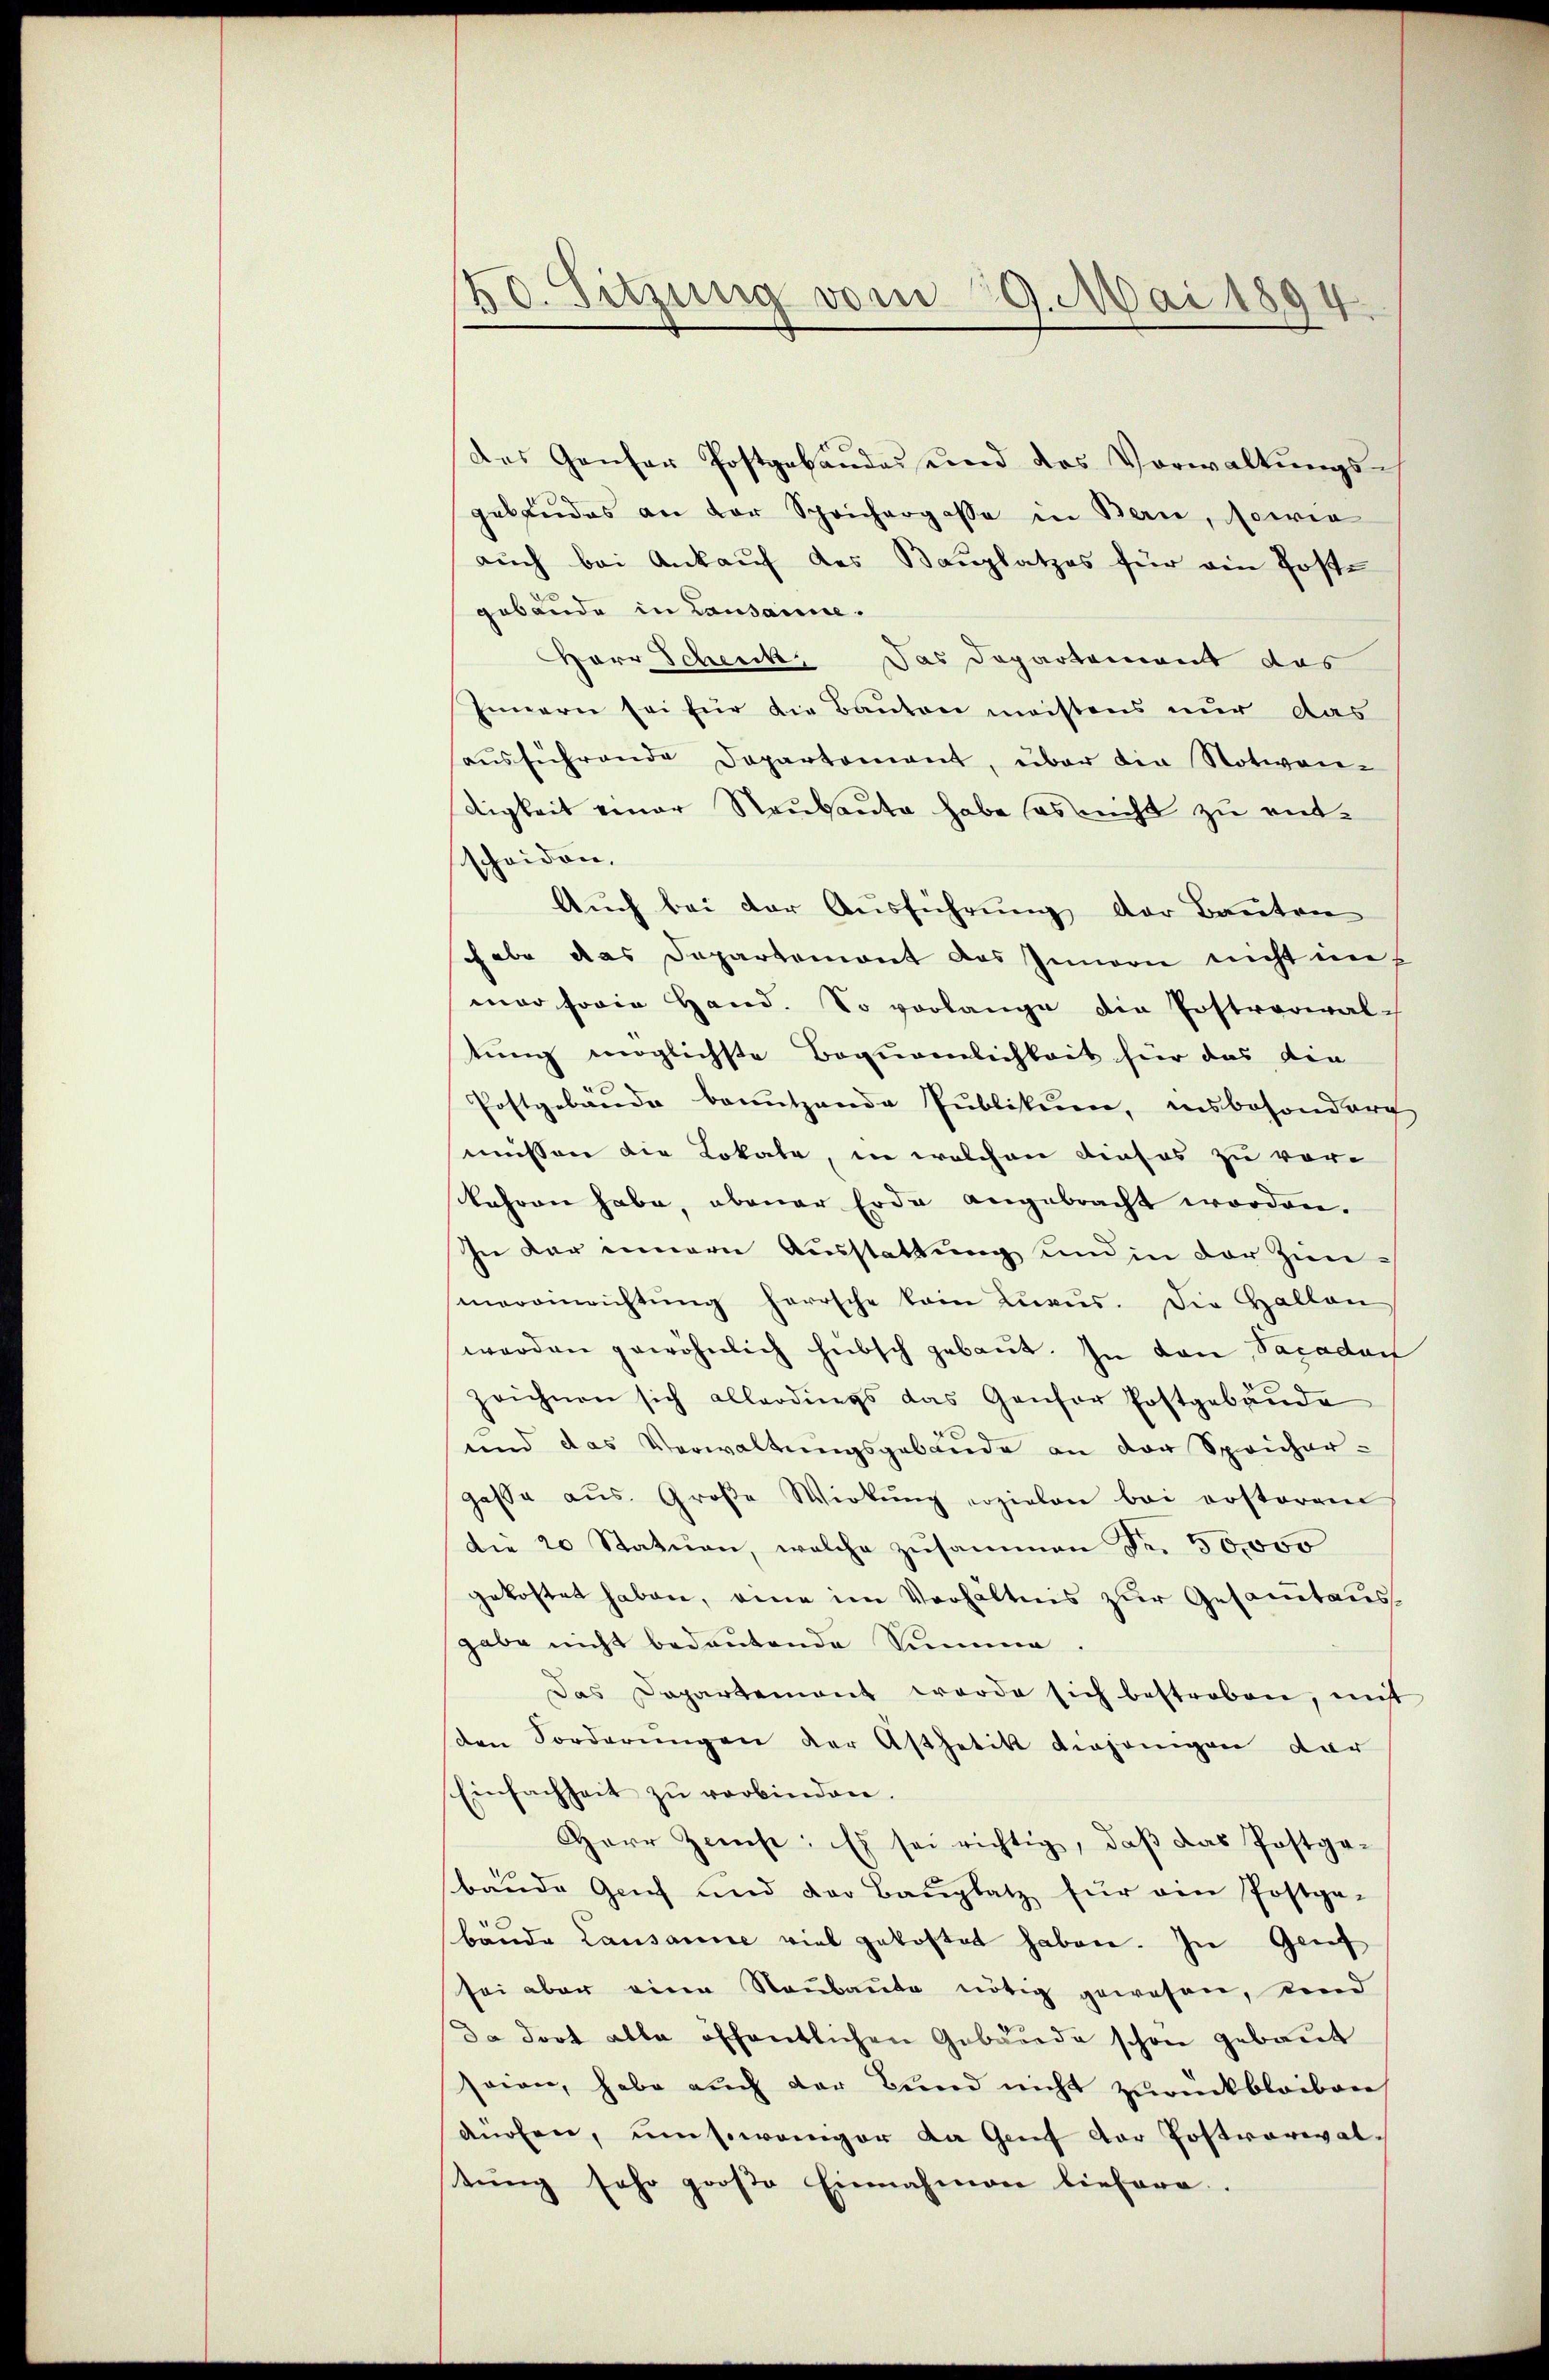
50. Sitzung vom 29. Mai 1894.

des Ganter Postgebäudes und des Vorwaltŭngs-
gebäudes an der Sprichergasse in Berie, sowie
auch bei Ankauf des Bauplatzes für ein Poste
gebäude in Lausanne.
Herr Schenk. Das Departement das
Innern sei für die Bauten meistens nur das
aŭsführende Departement, über die Notwen-
digkeit einer Raubaute habe ses nicht zu ent-
scheiden.
Auch bei der Ausführung der Bauten
chabe das Departemont des Innern nicht in
mar sowie Hand. So vorlange die Postverwaltung möglichste Bequemlichkeit hier das die
Postgebäude benutzende Publikum, insbesondere
müssen die Lokale, in welchen dieses zu vor-
kehren habe, obener Erde angebracht worden.
In der innern Ausstattung und in der Zimarainrichtŭng herrsche kein Lŭaŭs. Die Hallen
werden gewöhnlich hübsch gebaut. In den Sacadan
zeichnen sich allerdings das Gansor Postgebäŭde
e
und das Verwaltungsgebäude an der Spricher-
gasse aus. Große Wirkŭng erzielen bei erstoren
die 20 Statuen, welche zusammen Fr. 50,000
gekostet haben, eine im Verhältnis zur Gesamtausgabe nicht bedeutende Summe.
Das Departemont werde sich bestreben, mit
sten Forderŭngen der Asthetik diejenigen dar
Einfachheit zŭ verbinden.
Herr Zinse: Es sei richtig, daß das Postgebäŭde Genf und der Baŭplatz für ein Postpa-
bande Lausanne viel gekostet haben. In Genf
sei aber eine Neŭbaŭte nötig gewesen, und
da dort alle öffentlichen Gebäude schon gebaut
seien, habe auch der Bund nicht zurückbleiben
düchen, umsowänger da Genf der Postverwaltŭng sehr groβe Einnahmen liefere.